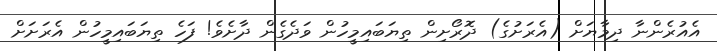
އެއުރެންނާ ދިމާޔަށް (އެރަށުގެ) ދޮރޯށިން ތިޔަބައިމީހުން ވަދެގެން ދާށެވެ! ފަހެ ތިޔަބައިމީހުން އެރަށަށް